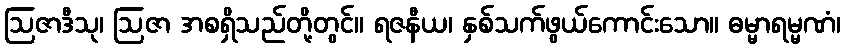
ဩဇာဒီသု၊ ဩဇာ အစရှိသည်တို့တွင်။ ရဇနီယ၊ နှစ်သက်ဖွယ်ကောင်းသော။ ဓမ္မာရမ္မဏံ၊